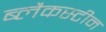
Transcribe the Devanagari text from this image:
ब्लैकस्टीन